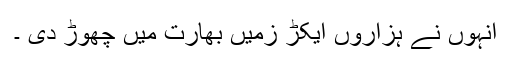
انہوں نے ہزاروں ایکڑ زمیں بھارت میں چھوڑ دی ۔